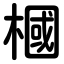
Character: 槶